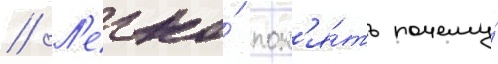
// Л'егко́ пон'я́ть почему́